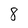
Character: 8